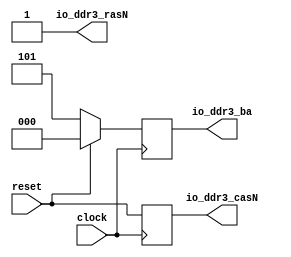
module MemoryController(
  input        clock,
  input        reset,
  output       io_ddr3_casN,
  output       io_ddr3_rasN,
  output [2:0] io_ddr3_ba
);
`ifdef RANDOMIZE_REG_INIT
  reg [31:0] _RAND_0;
  reg [31:0] _RAND_1;
`endif // RANDOMIZE_REG_INIT
  reg  nextDDR3Cmd_casN; // @[MemoryController.scala 27:28]
  reg [2:0] nextDDR3Cmd_ba; // @[MemoryController.scala 27:28]
  assign io_ddr3_casN = nextDDR3Cmd_casN; // @[MemoryController.scala 36:11]
  assign io_ddr3_rasN = 1'h1; // @[MemoryController.scala 36:11]
  assign io_ddr3_ba = nextDDR3Cmd_ba; // @[MemoryController.scala 36:11]
  always @(posedge clock) begin
    nextDDR3Cmd_casN <= reset; // @[MemoryController.scala 27:28 MemoryController.scala 27:28]
    if (reset) begin // @[MemoryController.scala 27:28]
      nextDDR3Cmd_ba <= 3'h0; // @[MemoryController.scala 27:28]
    end else begin
      nextDDR3Cmd_ba <= 3'h5;
    end
  end
// Register and memory initialization
`ifdef RANDOMIZE_GARBAGE_ASSIGN
`define RANDOMIZE
`endif
`ifdef RANDOMIZE_INVALID_ASSIGN
`define RANDOMIZE
`endif
`ifdef RANDOMIZE_REG_INIT
`define RANDOMIZE
`endif
`ifdef RANDOMIZE_MEM_INIT
`define RANDOMIZE
`endif
`ifndef RANDOM
`define RANDOM $random
`endif
`ifdef RANDOMIZE_MEM_INIT
  integer initvar;
`endif
`ifndef SYNTHESIS
`ifdef FIRRTL_BEFORE_INITIAL
`FIRRTL_BEFORE_INITIAL
`endif
initial begin
  `ifdef RANDOMIZE
    `ifdef INIT_RANDOM
      `INIT_RANDOM
    `endif
    `ifndef VERILATOR
      `ifdef RANDOMIZE_DELAY
        #`RANDOMIZE_DELAY begin end
      `else
        #0.002 begin end
      `endif
    `endif
`ifdef RANDOMIZE_REG_INIT
  _RAND_0 = {1{`RANDOM}};
  nextDDR3Cmd_casN = _RAND_0[0:0];
  _RAND_1 = {1{`RANDOM}};
  nextDDR3Cmd_ba = _RAND_1[2:0];
`endif // RANDOMIZE_REG_INIT
  `endif // RANDOMIZE
end // initial
`ifdef FIRRTL_AFTER_INITIAL
`FIRRTL_AFTER_INITIAL
`endif
`endif // SYNTHESIS
endmodule